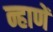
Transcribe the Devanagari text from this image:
न्हाणें